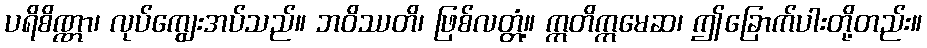
ပရိစိဏ္ဏာ၊ လုပ်ကျွေးအပ်သည်။ ဘဝိဿတိ၊ ဖြစ်လတ္တံ့။ ဣတိဣမေဆ၊ ဤခြောက်ပါးတို့တည်း။